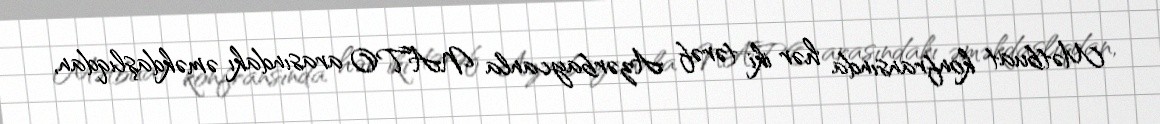
Mətbuat konfransında hər iki tərəf Azərbaycanla NATO arasındakı əməkdaşlıqdan,